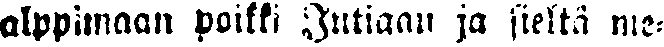
alppimaan poikki Intiaan ja sieltä me-